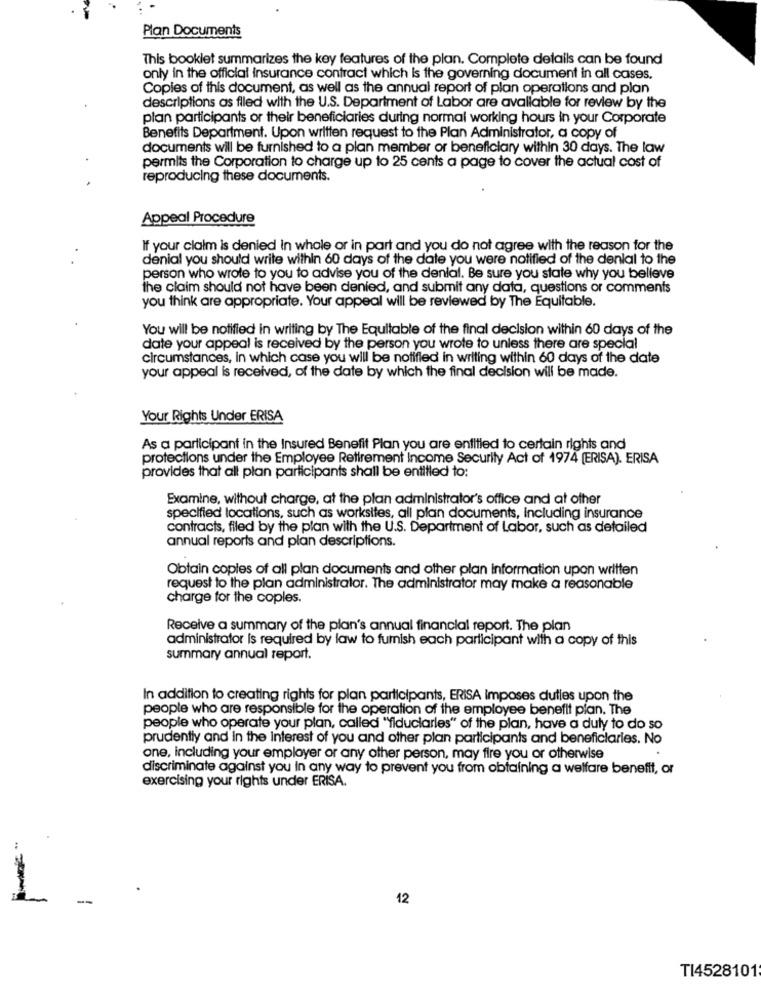
Plan Documents
This booklet summarizes the key features of the plan. Complete details can be found
only in the official insurance contract which is the governing document in all cases.
Copies of this document, as well as the annual report of plan operations and plan
descriptions as filed with the U.S. Department of Labor are available for review by the
plan participants or their beneficiaries during normal working hours in your Corporate
Benefits Department. Upon written request to the Plan Administrator, a copy of
documents will be furnished to a plan member or beneficiary within 30 days. The law
permits the Corporation to charge up to 25 cents a page to cover the actual cost of
reproducing these documents.
Appeal Procedure
If your claim is denied in whole or in part and you do not agree with the reason for the
denial you should write within 60 days of the date you were notified of the denial to the
person who wrote to you to advise you of the denial. Be sure you state why you believe
the claim should not have been denied, and submit any data, questions or comments
you think are appropriate. Your appeal will be reviewed by The Equitable.
You will be notified in writing by The Equitable of the final decision within 60 days of the
date your appeal is received by the person you wrote to unless there are special
circumstances, in which case you will be notified in writing within 60 days of the date
your appeal is received, of the date by which the final decision will be made.
Your Rights Under ERISA
As a participant in the Insured Benefit Plan you are entitled to certain rights and
protections under the Employee Retirement Income Security Act of 1974 [ERISA). ERISA
provides that all plan participants shall be entitled to:
Examine, without charge, at the plan administrator's office and at other
specified locations, such as worksites, all plan documents, including insurance
contracts, filed by the plan with the U.S. Department of Labor, such as detailed
annual reports and plan descriptions.
Obtain copies of all plan documents and other plan information upon written
request to the plan administrator. The administrator may make a reasonable
charge for the coples.
Receive a summary of the plan's annual financial report. The plan
administrator is required by law to furnish each participant with a copy of this
summary annual report.
In addition to creating rights for plan participants, ERISA imposes dutles upon the
people who are responsible for the operation of the employee benefit plan. The
people who operate your plan, called "fiduciarles" of the plan, have a duly to do so
prudently and in the Interest of you and other plan participants and beneficiaries. No
one, including your employer or any other person, may fire you or otherwise
discriminate against you in any way to prevent you from obtaining a welfare benefit, or
exercising your rights under ERISA.
12
TI4528101